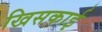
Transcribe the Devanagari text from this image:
खिसकाई